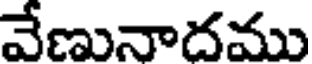
వేణునాదము